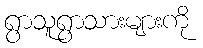
ရွာသူရွာသားများကို